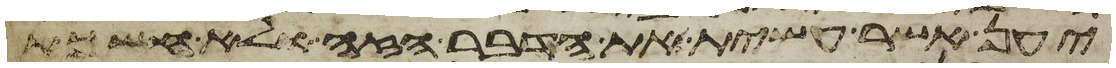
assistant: יען אשר עשית את הדבר הזה ולא חשכת